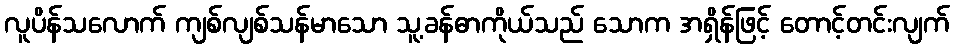
လူပိန်သလောက် ကျစ်လျစ်သန်မာသော သူ့ခန်ဓာကိုယ်သည် သောက အရှိန်ဖြင့် တောင့်တင်းလျက်